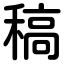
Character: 稿